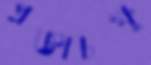
প্রজ্ঞাচক্ষু